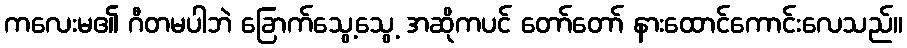
ကလေးမ၏ ဂီတမပါဘဲ ခြောက်သွေ့သွေ့ အဆိုကပင် တော်တော် နားထောင်ကောင်းလေသည်။